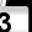
Digit: 3